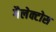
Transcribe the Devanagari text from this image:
गैलेक्टोस